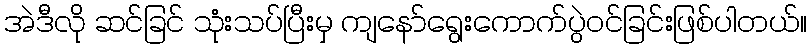
အဲဒီလို ဆင်ခြင် သုံးသပ်ပြီးမှ ကျနော်ရွေးကောက်ပွဲဝင်ခြင်းဖြစ်ပါတယ်။